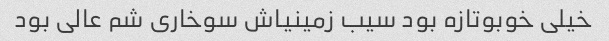
خیلی خوبو‌تازه بود سیب زمینیاش سوخاری شم عالی بود